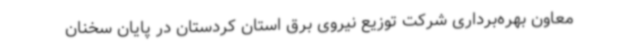
معاون بهره‌برداری شرکت توزیع نیروی برق استان کردستان در پایان سخنان